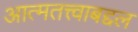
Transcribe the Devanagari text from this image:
आत्मतत्त्वाबद्दल